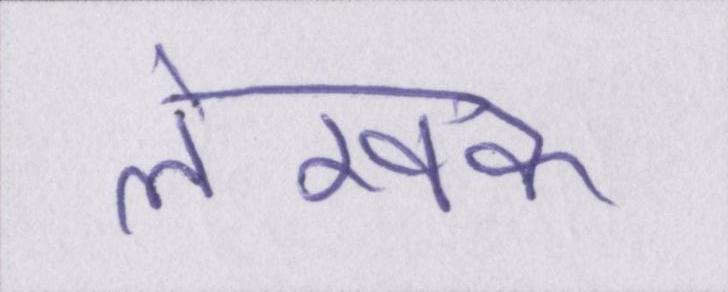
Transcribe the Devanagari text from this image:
लेखक